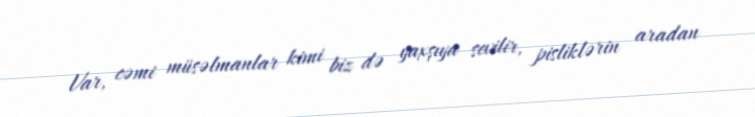
Var, cəmi müsəlmanlar kimi biz də yaxşıya sevilir, pisliklərin aradan